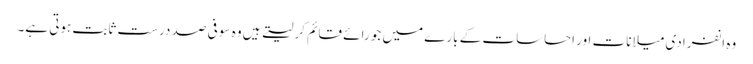
وہ انفرادی میلانات اور احساسات کے بارے میں جو رائے قائم کر لیتے ہیں وہ سو فی صد درست ثابت ہوتی ہے۔